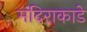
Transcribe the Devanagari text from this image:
मंदिराकाडे